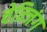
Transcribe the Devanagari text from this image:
चेन्जिंग